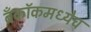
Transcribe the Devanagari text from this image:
बँकॉकमध्येच